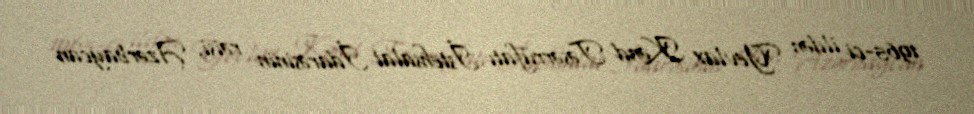
1965-ci ildən Yevlax Kənd Təsərrüfatı İstehsalat İdarəsinin rəisi, Azərbaycan